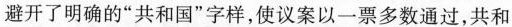
避开了明确的”共和国”字样，使议案以一票多数通过，共和